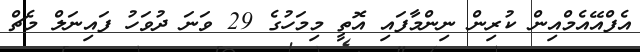
އެފްއޭއެމްއިން ކުރިން ނިންމާފައި އޮތީ މިމަހުގެ 29 ވަނަ ދުވަހު ފައިނަލް މެޗް